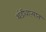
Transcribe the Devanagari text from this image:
थंडीवाऱ्यात